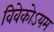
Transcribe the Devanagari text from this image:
विवेकोऽयम